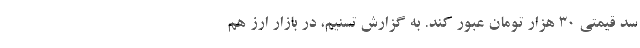
سد قیمتی 30 هزار تومان عبور کند. به گزارش تسنیم،‌ در بازار ارز هم